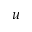
u